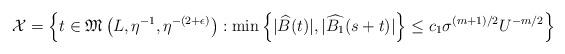
LaTeX: \begin{align*} \mathcal{X} = \left\{ t\in \mathfrak{M}\left(L,\eta^{-1},\eta^{-(2+\epsilon)}\right) :\min\left\{|\widehat{B}(t)|,|\widehat{B_1}(s+t)|\right\} \leq c_1\sigma^{(m+1)/2}U^{-m/2}\right\}\end{align*}